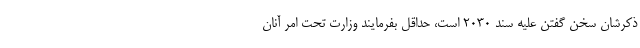
ذکرشان سخن گفتن علیه سند ۲۰۳۰ است، حداقل بفرمایند وزارت تحت امر آنان